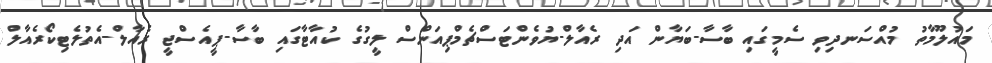
މައުލޫމާތު މުއްސަނދިވި ސެމީގައި ބާސާ-ބަޔާން އަދި ރެއާލް-ޔުވެންޓަސްޗެމްޕިއަންސް ލީގުގެ ކުއާޓާގައި ބާސާ-ޕީއެސްޖީ ރެއާލް-އެތުލެޓިކޯރެއާލް